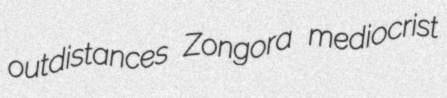
outdistances Zongora mediocrist